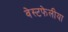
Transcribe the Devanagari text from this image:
वेस्टफेलीया